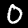
Digit: 0